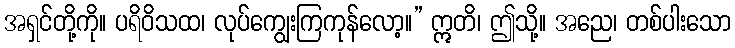
အရှင်တို့ကို။ ပရိဝိသထ၊ လုပ်ကျွေးကြကုန်လော့။” ဣတိ၊ ဤသို့။ အညေ၊ တစ်ပါးသော